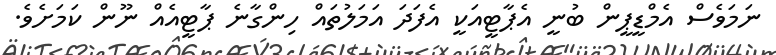
ނަމަވެސް އެމްޑީޕީން ބުނީ އެޕާޓީއަކީ އެފަދަ އަމަލުތައް ހިންގާނެ ޕާޓީއެއް ނޫން ކަމަށެވެ.